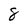
Character: 8